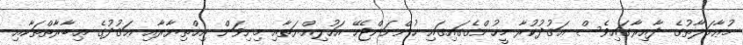
މުޢާމަލާތުގެ ދާއިރާގައިވެސް ޢަޤުދުކުރާ މީހުންގެގައިގައި ހުންނަންޖެހޭ އަހުލިއްޔަތާއި މިނިވަން އިޚްތިޔާރާއި ޢަޤުދުގެ ޢިބާރާތްތަކާއި